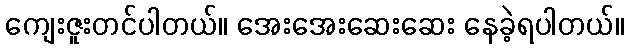
ကျေးဇူးတင်ပါတယ်။ အေးအေးဆေးဆေး နေခဲ့ရပါတယ်။